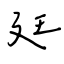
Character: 廷